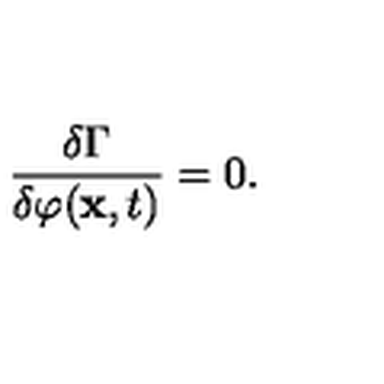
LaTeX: \frac { \delta \Gamma } { \delta \varphi ( { \bf x } , t ) } = 0 .